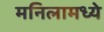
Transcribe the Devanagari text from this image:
मनिलामध्ये